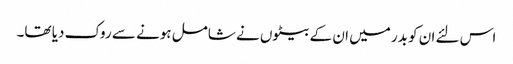
اس لئے ان کو بدر میں ان کے بیٹوں نے شامل ہونے سے روک دیا تھا۔